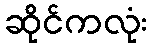
ဆိုင်ကလုံး